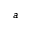
^ { a }